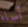
أساء